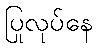
ပြုလုပ်နေ